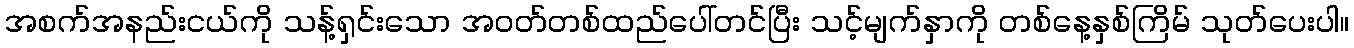
အစက်အနည်းငယ်ကို သန့်ရှင်းသော အဝတ်တစ်ထည်ပေါ်တင်ပြီး သင့်မျက်နှာကို တစ်နေ့နှစ်ကြိမ် သုတ်ပေးပါ။